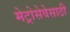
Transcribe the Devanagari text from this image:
मेट्रोसेवेसाठी